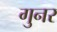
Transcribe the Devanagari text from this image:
गुनर